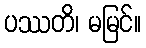
ပဿတိ၊ မမြင်။